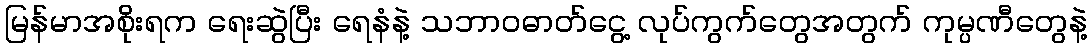
မြန်မာအစိုးရက ရေးဆွဲပြီး ရေနံနဲ့ သဘာဝဓာတ်ငွေ့ လုပ်ကွက်တွေအတွက် ကုမ္ပဏီတွေနဲ့